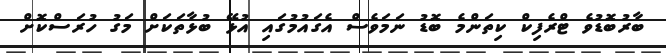
ބާރުބޮޑުވެ ޓްރެފިކް ކިތަންމެ ބޮޑު ނަމަވެސް އެގައުމުގައި އުޅޭ ބުޅާތަކަށް މަގު ހުރަސްކޮށް